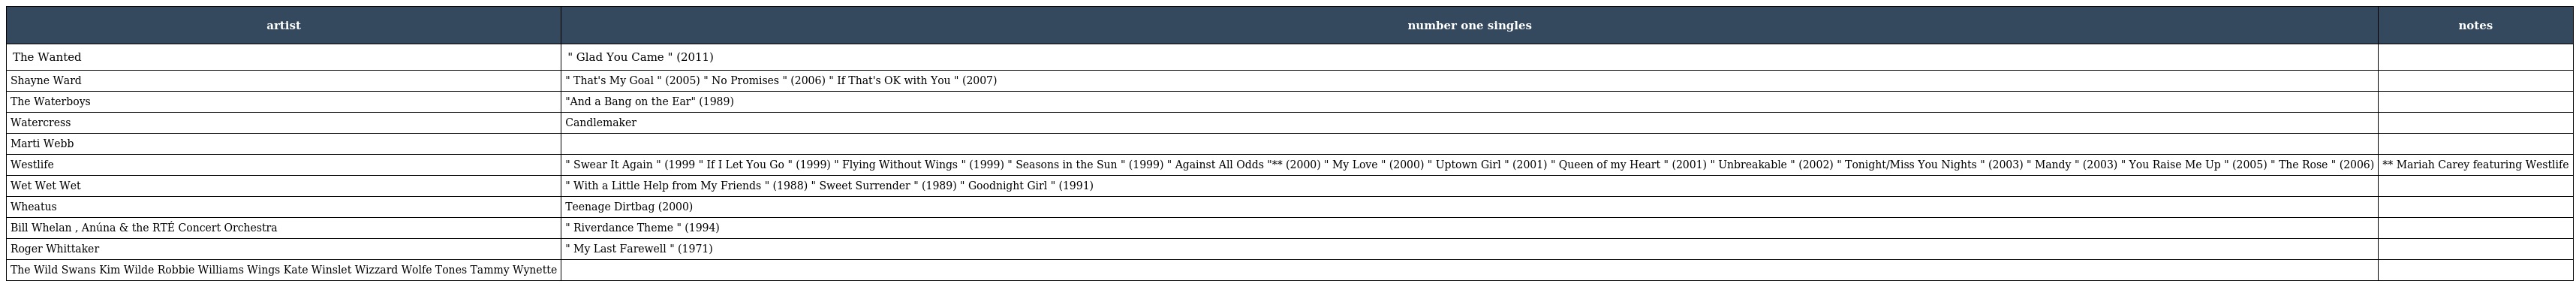
| artist | number one singles | notes |
 | --- | --- | --- |
 | The Wanted | " Glad You Came " (2011) |  |
 | Shayne Ward | " That's My Goal " (2005) " No Promises " (2006) " If That's OK with You " (2007) |  |
 | The Waterboys | "And a Bang on the Ear" (1989) |  |
 | Watercress | Candlemaker |  |
 | Marti Webb |  |  |
 | Westlife | " Swear It Again " (1999 " If I Let You Go " (1999) " Flying Without Wings " (1999) " Seasons in the Sun " (1999) " Against All Odds "** (2000) " My Love " (2000) " Uptown Girl " (2001) " Queen of my Heart " (2001) " Unbreakable " (2002) " Tonight/Miss You Nights " (2003) " Mandy " (2003) " You Raise Me Up " (2005) " The Rose " (2006) | ** Mariah Carey featuring Westlife |
 | Wet Wet Wet | " With a Little Help from My Friends " (1988) " Sweet Surrender " (1989) " Goodnight Girl " (1991) |  |
 | Wheatus | Teenage Dirtbag (2000) |  |
 | Bill Whelan , Anúna & the RTÉ Concert Orchestra | " Riverdance Theme " (1994) |  |
 | Roger Whittaker | " My Last Farewell " (1971) |  |
 | The Wild Swans Kim Wilde Robbie Williams Wings Kate Winslet Wizzard Wolfe Tones Tammy Wynette |  |  |